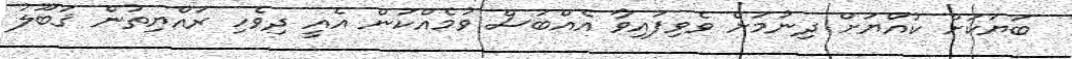
ބަޔަކަށް ކުއްޔަށް ދިނުމަށް ވެވިފައިވާ އެއްބަސް ވުމެއްކަން އެއީ ދިވެހި ރައްޔިތުން ޤަބޫލު